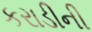
કરાડીની